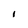
Character: l